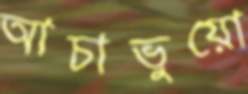
আচাভুয়ো